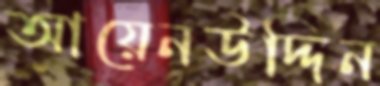
আয়েনউদ্দিন